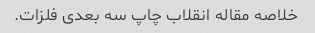
خلاصه مقاله انقلاب چاپ سه بعدی فلزات.